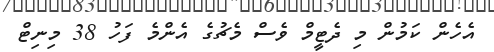
އެހެން ކަމުން މި ދެޓީމް ވެސް މެޗުގެ އެންމެ ފަހު 38 މިނިޓް